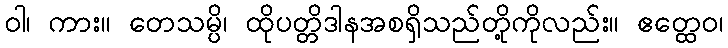
ဝါ၊ ကား။ တေသမ္ပိ၊ ထိုပတ္တိဒါနအစရှိသည်တို့ကိုလည်း။ ဧတ္ထေဝ၊